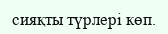
сияқты түрлері көп.